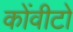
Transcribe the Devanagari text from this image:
कोंवीटो